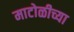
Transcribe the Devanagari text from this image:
माटोळीच्या